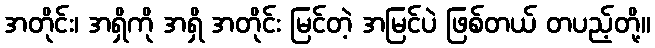
အတိုင်း၊ အရှိကို အရှိ အတိုင်း မြင်တဲ့ အမြင်ပဲ ဖြစ်တယ် တပည့်တို့။